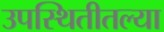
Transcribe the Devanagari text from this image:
उपस्थितीतल्या